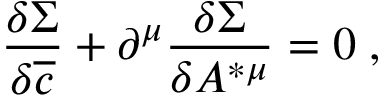
\frac { \delta \Sigma } { \delta \overline { { { c } } } } + \partial ^ { \mu } \frac { \delta \Sigma } { \delta A ^ { * \mu } } = 0 \; ,